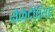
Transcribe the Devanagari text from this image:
सेक्रेटेरियट